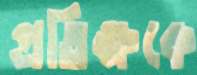
প্রতিক্ষকে